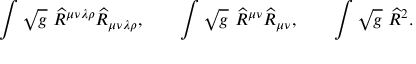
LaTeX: \int \sqrt { g } ~ \widehat { R } ^ { \mu \nu \lambda \rho } \widehat { R } _ { \mu \nu \lambda \rho } , \qquad \int \sqrt { g } ~ \widehat { R } ^ { \mu \nu } \widehat { R } _ { \mu \nu } , \qquad \int \sqrt { g } ~ \widehat { R } ^ { 2 } .